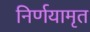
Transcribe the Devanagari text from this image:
निर्णयामृत